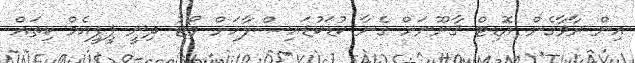
އިން ރާވާގެން އޮޑިޓް ޤާނޫނަށް ގެނާ ކުޑަކުޑައިސްލާހަށް ވޯޓު ދިނީ ޕީޕީއެމް ކިތައް